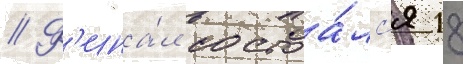
// Ф'ина́л состоа́лс'я 18